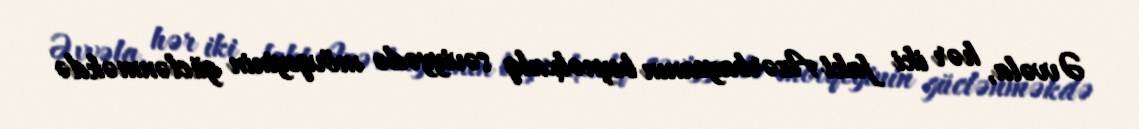
Əvvəla, hər iki fakt Azərbaycanın beynəlxalq səviyyədə mövqeyinin güclənməkdə